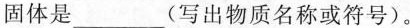
固体是___(写出物质名称或符号)。